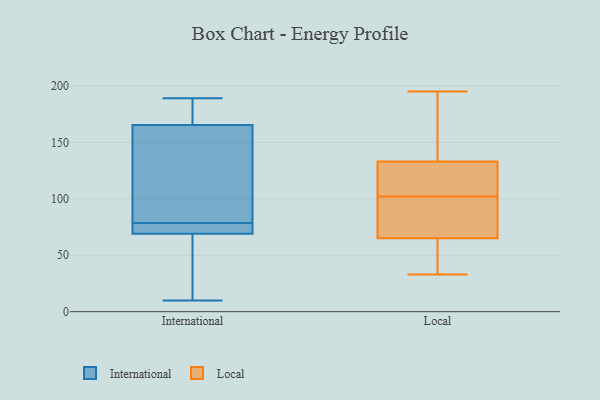
{"axis": {"x": "Revenue (USD Million)", "y": "Value"}, "legend": ["International", "Local"], "data": [{"x": "", "y": 75, "type": "International"}, {"x": "", "y": 189, "type": "International"}, {"x": "", "y": 92, "type": "International"}, {"x": "", "y": 43, "type": "International"}, {"x": "", "y": 188, "type": "International"}, {"x": "", "y": 131, "type": "International"}, {"x": "", "y": 65, "type": "International"}, {"x": "", "y": 183, "type": "International"}, {"x": "", "y": 51, "type": "International"}, {"x": "", "y": 10, "type": "International"}, {"x": "", "y": 73, "type": "International"}, {"x": "", "y": 79, "type": "International"}, {"x": "", "y": 185, "type": "International"}, {"x": "", "y": 78, "type": "International"}, {"x": "", "y": 148, "type": "International"}, {"x": "", "y": 78, "type": "International"}, {"x": "", "y": 130, "type": "Local"}, {"x": "", "y": 136, "type": "Local"}, {"x": "", "y": 191, "type": "Local"}, {"x": "", "y": 41, "type": "Local"}, {"x": "", "y": 122, "type": "Local"}, {"x": "", "y": 84, "type": "Local"}, {"x": "", "y": 139, "type": "Local"}, {"x": "", "y": 149, "type": "Local"}, {"x": "", "y": 54, "type": "Local"}, {"x": "", "y": 73, "type": "Local"}, {"x": "", "y": 44, "type": "Local"}, {"x": "", "y": 110, "type": "Local"}, {"x": "", "y": 195, "type": "Local"}, {"x": "", "y": 72, "type": "Local"}, {"x": "", "y": 95, "type": "Local"}, {"x": "", "y": 116, "type": "Local"}, {"x": "", "y": 76, "type": "Local"}, {"x": "", "y": 58, "type": "Local"}, {"x": "", "y": 33, "type": "Local"}, {"x": "", "y": 109, "type": "Local"}]}